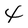
Character: 4